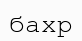
бахр